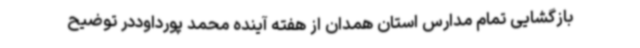
بازگشایی تمام مدارس استان همدان از هفته آینده محمد پورداوددر توضیح